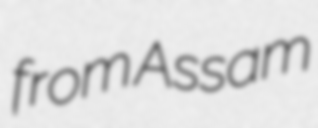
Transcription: from Assam